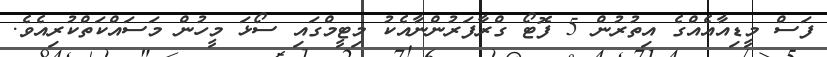
ފަސް މީޑިއާއެއްގެ އިތުރުން 5 ފޮޓޯ ގްރާފަރުންނާއެކު މިޓީމްގައި ސޯޅަ މީހުން މަސައްކަތްކުރިއެވެ.